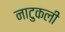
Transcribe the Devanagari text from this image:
नाटुकली